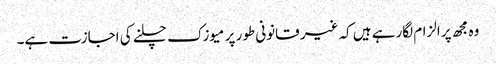
وہ مجھ پر الزام لگارہے ہیں کہ غیر قانونی طور پر میوزک چلنے کی اجازت ہے۔